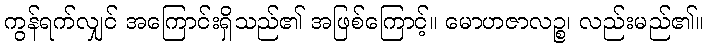
ကွန်ရက်လျှင် အကြောင်းရှိသည်၏ အဖြစ်ကြောင့်။ မောဟဇာလဉ္စ၊ လည်းမည်၏။